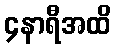
၄နာရီအထိ